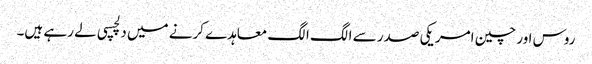
روس اور چین امریکی صدر سے الگ الگ معاہدے کرنے میں دلچسپی لے رہے ہیں۔